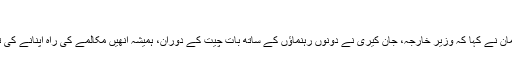
‘
اِس پر، ترجمان نے کہا کہ وزیر خارجہ، جان کیری نے دونوں رہنماؤں کے ساتھ بات چیت کے دوران، ہمیشہ اُنھیں مکالمے کی راہ اپنانے کی تلقین کی ہے۔